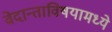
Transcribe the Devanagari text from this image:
वेदान्ताविषयामध्ये